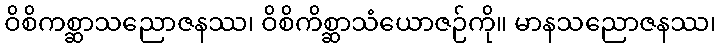
ဝိစိကစ္ဆာသညောဇနဿ၊ ဝိစိကိစ္ဆာသံယောဇဉ်ကို။ မာနသညောဇနဿ၊